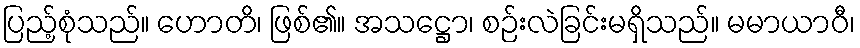
ပြည့်စုံသည်။ ဟောတိ၊ ဖြစ်၏။ အသဋ္ဌော၊ စဉ်းလဲခြင်းမရှိသည်။ မမာယာဝီ၊